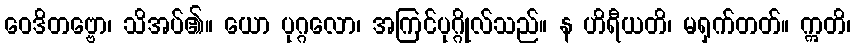
ဝေဒိတဗ္ဗော၊ သိအပ်၏။ ယော ပုဂ္ဂလော၊ အကြင်ပုဂ္ဂိုလ်သည်။ န ဟိရီယတိ၊ မရှက်တတ်။ ဣတိ၊